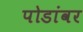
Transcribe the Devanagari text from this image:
पोडांवर